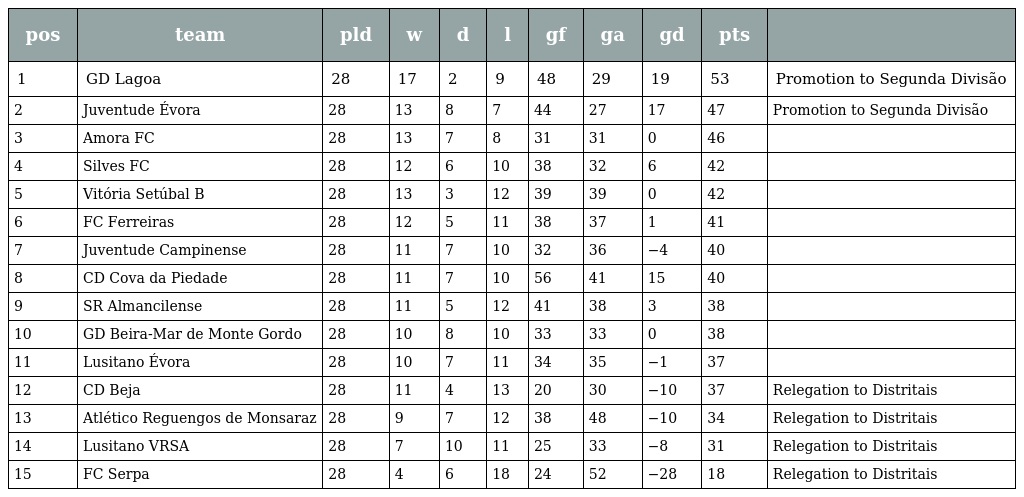
| pos | team | pld | w | d | l | gf | ga | gd | pts |  |
 | --- | --- | --- | --- | --- | --- | --- | --- | --- | --- | --- |
 | 1 | GD Lagoa | 28 | 17 | 2 | 9 | 48 | 29 | 19 | 53 | Promotion to Segunda Divisão |
 | 2 | Juventude Évora | 28 | 13 | 8 | 7 | 44 | 27 | 17 | 47 | Promotion to Segunda Divisão |
 | 3 | Amora FC | 28 | 13 | 7 | 8 | 31 | 31 | 0 | 46 |  |
 | 4 | Silves FC | 28 | 12 | 6 | 10 | 38 | 32 | 6 | 42 |  |
 | 5 | Vitória Setúbal B | 28 | 13 | 3 | 12 | 39 | 39 | 0 | 42 |  |
 | 6 | FC Ferreiras | 28 | 12 | 5 | 11 | 38 | 37 | 1 | 41 |  |
 | 7 | Juventude Campinense | 28 | 11 | 7 | 10 | 32 | 36 | −4 | 40 |  |
 | 8 | CD Cova da Piedade | 28 | 11 | 7 | 10 | 56 | 41 | 15 | 40 |  |
 | 9 | SR Almancilense | 28 | 11 | 5 | 12 | 41 | 38 | 3 | 38 |  |
 | 10 | GD Beira-Mar de Monte Gordo | 28 | 10 | 8 | 10 | 33 | 33 | 0 | 38 |  |
 | 11 | Lusitano Évora | 28 | 10 | 7 | 11 | 34 | 35 | −1 | 37 |  |
 | 12 | CD Beja | 28 | 11 | 4 | 13 | 20 | 30 | −10 | 37 | Relegation to Distritais |
 | 13 | Atlético Reguengos de Monsaraz | 28 | 9 | 7 | 12 | 38 | 48 | −10 | 34 | Relegation to Distritais |
 | 14 | Lusitano VRSA | 28 | 7 | 10 | 11 | 25 | 33 | −8 | 31 | Relegation to Distritais |
 | 15 | FC Serpa | 28 | 4 | 6 | 18 | 24 | 52 | −28 | 18 | Relegation to Distritais |